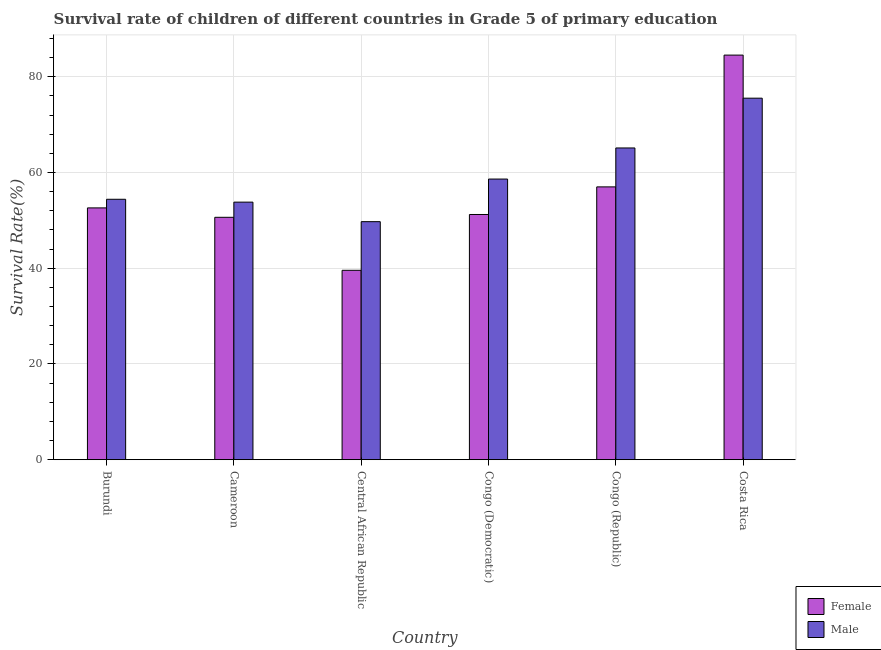
| Country | Female | Male |
 | --- | --- | --- |
 | Burundi | 52.6 | 54.4 |
 | Cameroon | 50.6 | 53.8 |
 | Central African Republic | 39.6 | 49.7 |
 | Congo (Democratic) | 51.2 | 58.6 |
 | Congo (Republic) | 57 | 65.1 |
 | Costa Rica | 84.5 | 75.5 |